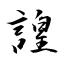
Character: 諻